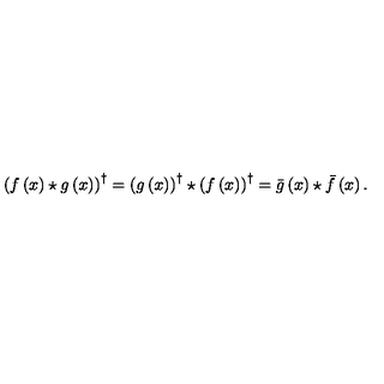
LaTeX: \left( f \left( x \right) \star g \left( x \right) \right) ^ { \dagger } = \left( g \left( x \right) \right) ^ { \dagger } \star \left( f \left( x \right) \right) ^ { \dagger } = \bar { g } \left( x \right) \star \bar { f } \left( x \right) .